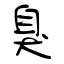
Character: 臭